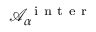
\mathcal { A } _ { \alpha } ^ { \mathrm { ~ i ~ n ~ t ~ e ~ r ~ } }